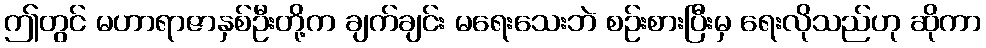
ဤတွင် မဟာရာဇာနှစ်ဦးတို့က ချက်ချင်း မရေးသေးဘဲ စဉ်းစားပြီးမှ ရေးလိုသည်ဟု ဆိုကာ